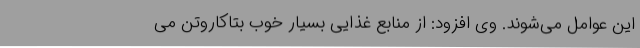
این عوامل می‌شوند. وی افزود: از منابع غذایی بسیار خوب بتاکاروتن می